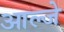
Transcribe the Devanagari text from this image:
आल्जे